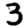
Digit: 3